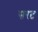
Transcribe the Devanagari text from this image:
सरट